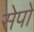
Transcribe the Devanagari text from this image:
सेपो